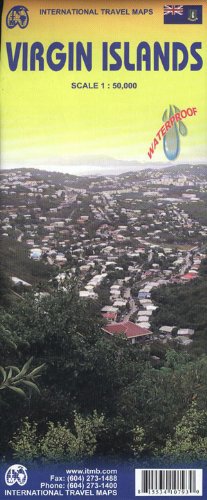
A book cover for Virgin Islands 1:50,000 Travel Map (International Travel Maps); ITM Canada; Travel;